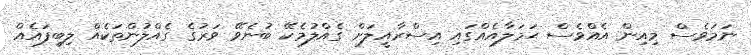
ނަމަވެސް މިއިން އެއްވެސް ޙަމަލާއެއްގައި އިސްރާއީލަށް ގެއްލުމެކޭ ބުނެވޭ ވަރުގެ ގެއްލުންތަކެއް ލިބިފައެއް